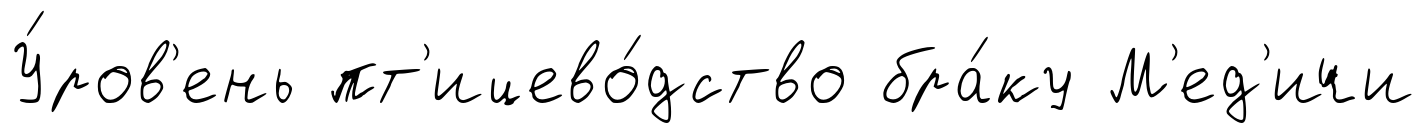
У́ров'ень пт'ицево́дство бра́ку М'ед'ичи